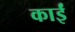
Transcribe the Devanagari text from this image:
काईं